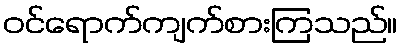
ဝင်ရောက်ကျက်စားကြသည်။